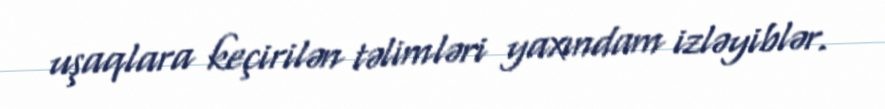
uşaqlara keçirilən təlimləri yaxındam izləyiblər.